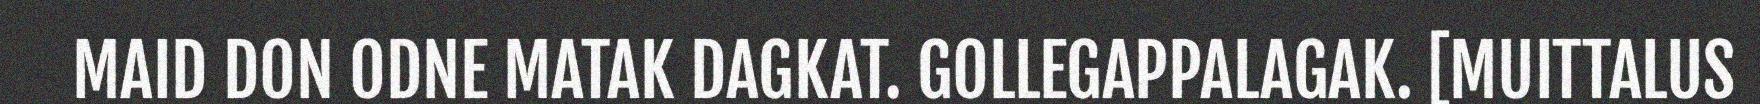
MAID DON ODNE MATAK DAGKAT. GOLLEGAPPALAGAK. [MUITTALUS